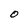
Character: 0